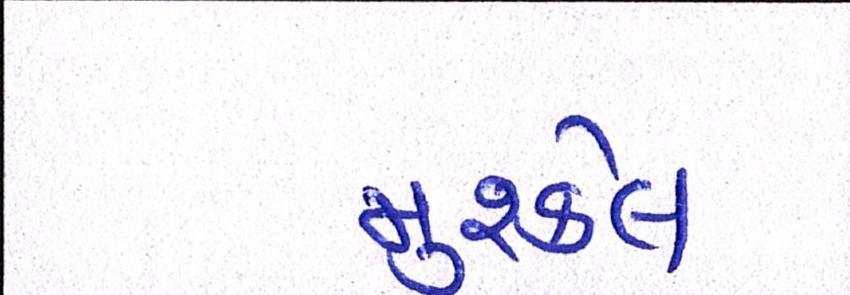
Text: મુશ્કેલ